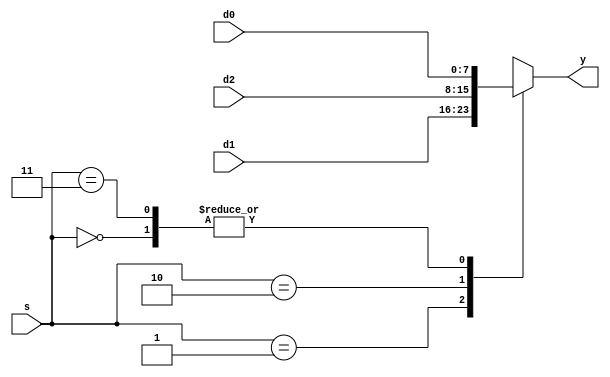
module mux3 #(parameter WIDTH=8) (
    input [WIDTH-1:0] d0,d1,d2,
    input [1:0] s,
    output reg [WIDTH-1:0] y
);
    always @(*) begin
        case(s)
            2'b00: y = d0;
            2'b01: y = d1;
            2'b10: y = d2;
            2'b11: y = d0; //
        endcase
    end
endmodule